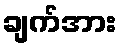
ချက်အား